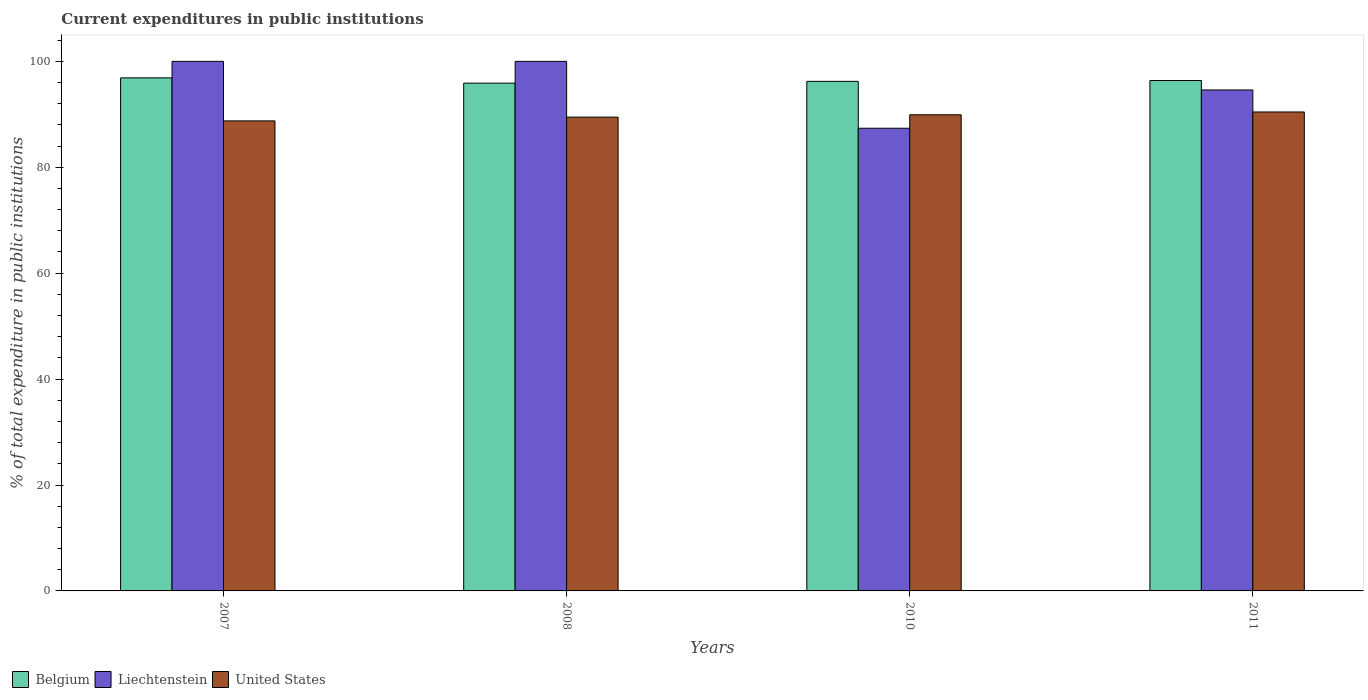
| Years | Belgium | Liechtenstein | United States |
 | --- | --- | --- | --- |
 | 2007 | 96.9 | 100 | 88.8 |
 | 2008 | 95.9 | 100 | 89.5 |
 | 2010 | 96.2 | 87.4 | 89.9 |
 | 2011 | 96.4 | 94.6 | 90.4 |